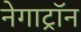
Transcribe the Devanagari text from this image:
नेगाट्रॉन